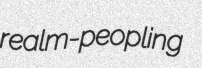
realm-peopling